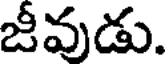
జీవుడు.